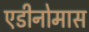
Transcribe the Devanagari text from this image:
एडीनोमास